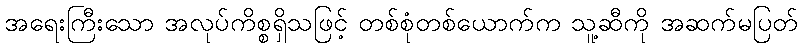
အရေးကြီးသော အလုပ်ကိစ္စရှိသဖြင့် တစ်စုံတစ်ယောက်က သူ့ဆီကို အဆက်မပြတ်